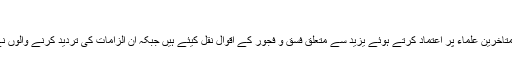
دعویٰ نمبر-1:یزید فاسق بادشاہ تھا
ان دونوں گروہوں میں سے پہلے گروہ میں سے اکثر علماء نے متاخرین علماء پر اعتماد کرتے ہوئے یزید سے متعلق فسق و فجور کے اقوال نقل کیئے ہیں جبکہ ان الزامات کی تردید کرنے والوں نے ان اقوال سے آگے بڑھ کر خود ان الزامات کی تحقیق کی ہے ۔